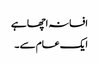
افسانہ اچھا ہے
ایک عام سے ۔